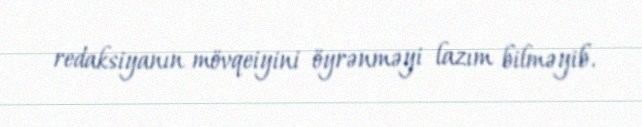
redaksiyanın mövqeiyini öyrənməyi lazım bilməyib.